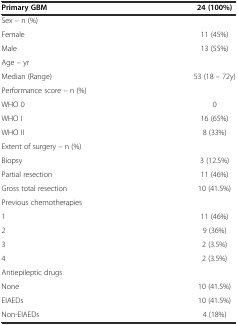
| Primary GBM | 24 (100%) |
 | --- | --- |
 | Sex – n (%) |  |
 | Female | 11 (45%) |
 | Male | 13 (55%) |
 | Age – yr |  |
 | Median (Range) | 53 (18 – 72y) |
 | Performance score – n (%) |  |
 | WHO 0 | 0 |
 | WHO I | 16 (65%) |
 | WHO II | 8 (33%) |
 | Extent of surgery – n (%) |  |
 | Biopsy | 3 (12.5%) |
 | Partial resection | 11 (46%) |
 | Gross total resection | 10 (41.5%) |
 | Previous chemotherapies |  |
 | 1 | 11 (46%) |
 | 2 | 9 (36%) |
 | 3 | 2 (3.5%) |
 | 4 | 2 (3.5%) |
 | Antiepileptic drugs |  |
 | None | 10 (41.5%) |
 | EIAEDs | 10 (41.5%) |
 | Non-EIAEDs | 4 (18%) |